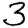
Digit: 3